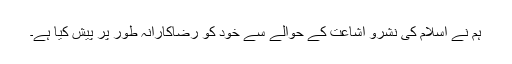
ہم نے اسلام کی نشرو اشاعت کے حوالے سے خود کو رضاکارانہ طور پر پیش کیا ہے۔